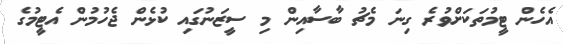
އެހެން ޓީމުތަކަށްވުރެ ގިނަ މެޗު ބާސާއިން މި ސީޒަނުގައި ކުޅެން ޖެހުމުން އެޓީމުގެ